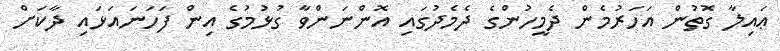
ޢައިލާ ގޮތުން އަހަރުމެން ދެމީހުންގެ ދެމެދުގައި އޮންނަންވާ ގުޅުމުގެ އިން ފަހަނައަޅައި ދާކަށް